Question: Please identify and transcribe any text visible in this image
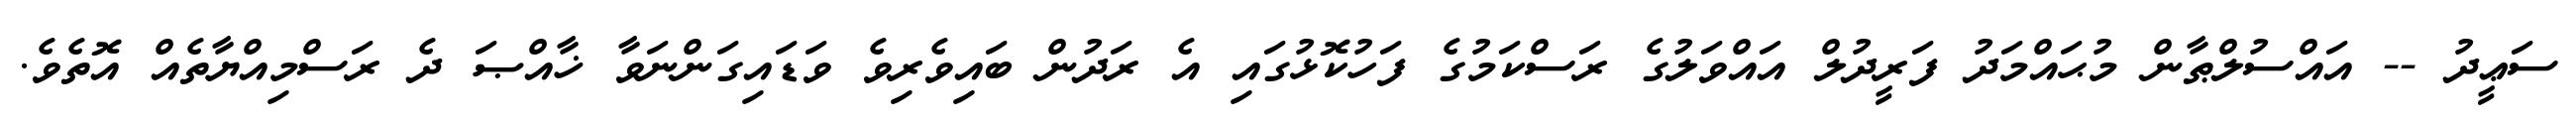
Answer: ސަޢީދު -- އައްސުލްޠާން މުޙައްމަދު ފަރީދުލް އައްވަލުގެ ރަސްކަމުގެ ފަހުކޮޅުގައި އެ ރަދުން ބައިވެރިވެ ވަޑައިގަންނަވާ ޚާއްޞަ ދެ ރަސްމިއްޔާތެއް އޮތެވެ.